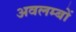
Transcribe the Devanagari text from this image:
अवलम्बों